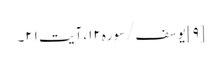
[۹] یوسف/سوره۱۲، آیت ۲۱۔